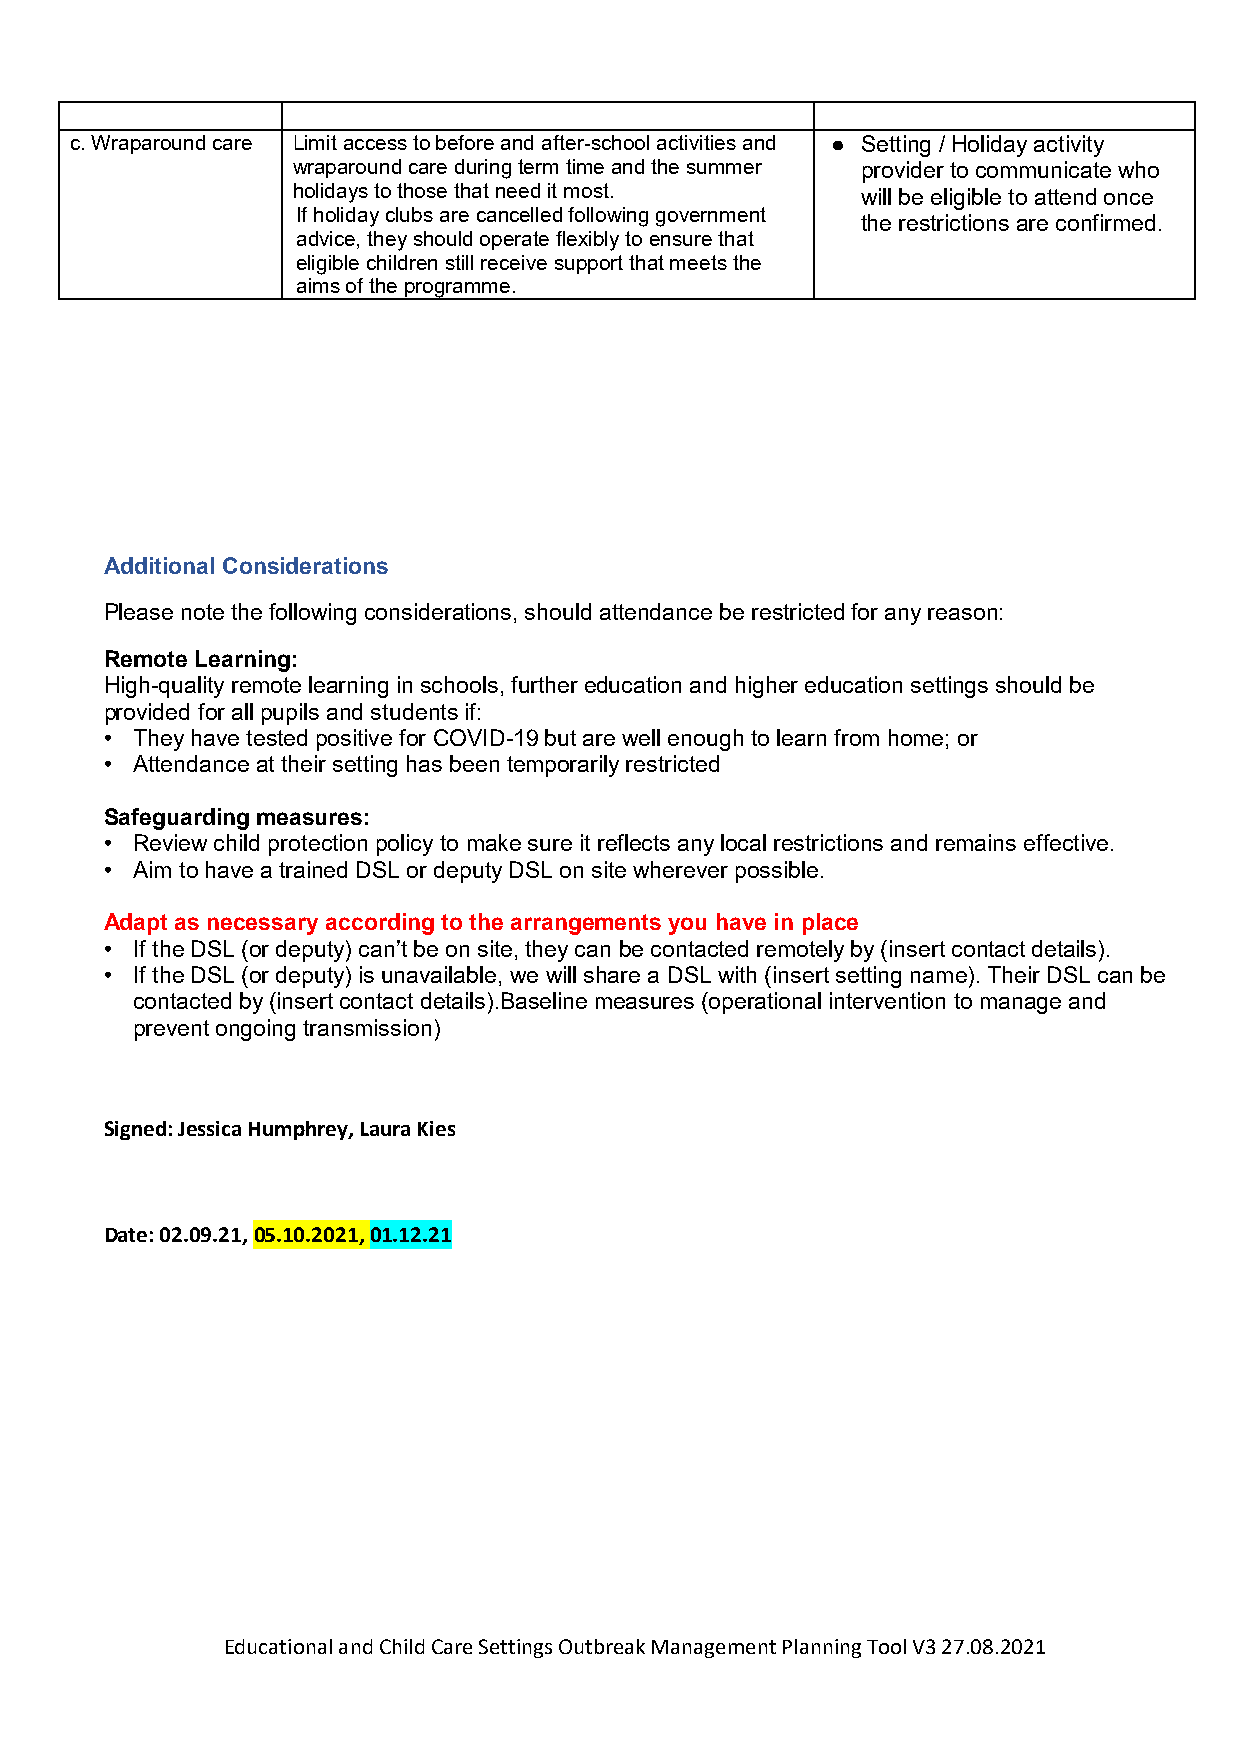
c. Wraparound care Limit access to before and after-school activities and ● Setting / Holiday activity
 wraparound care during term time and the summer provider to communicate who
 holidays to those that need it most.  will be eligible to attend once
 If holiday clubs are cancelled following government
 the restrictions are confirmed.
 advice, they should operate flexibly to ensure that
 eligible children still receive support that meets the
 aims of the programme.
 Additional Considerations
 Please note the following considerations, should attendance be restricted for any reason:
 Remote Learning:
 High-quality remote learning in schools, further education and higher education settings should be
 provided for all pupils and students if:
 • They have tested positive for COVID-19 but are well enough to learn from home; or
 • Attendance at their setting has been temporarily restricted
 Safeguarding measures:
 • Review child protection policy to make sure it reflects any local restrictions and remains effective.
 • Aim to have a trained DSL or deputy DSL on site wherever possible.
 Adapt as necessary according to the arrangements you have in place
 • If the DSL (or deputy) can’t be on site, they can be contacted remotely by (insert contact details).
 • If the DSL (or deputy) is unavailable, we will share a DSL with (insert setting name). Their DSL can be
 contacted by (insert contact details).Baseline measures (operational intervention to manage and
 prevent ongoing transmission)
 Signed: Jessica Humphrey, Laura Kies
 Date: 02.09.21, 05.10.2021, 01.12.21
 Educational and Child Care Settings Outbreak Management Planning Tool V3 27.08.2021